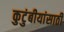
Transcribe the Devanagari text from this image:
कुटुंबीयांसाठी